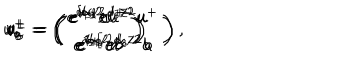
u _ { a } ^ { + } = \left( \begin{matrix} { { e ^ { d _ { 1 } / 2 } u ^ { + } } } \\ { { e ^ { d _ { 2 } / 2 } a } } \\ \end{matrix} \right) \hspace { 0 . 5 c m } u _ { b } ^ { - } = \left( \begin{matrix} { { e ^ { d _ { 3 } / 2 } u ^ { - } } } \\ { { e ^ { d _ { 4 } / 2 } b } } \\ \end{matrix} \right) \hspace { 0 . 5 c m } v _ { a } ^ { + } = \left( \begin{matrix} { { e ^ { i \alpha _ { 1 } } e ^ { d _ { 5 } / 2 } u ^ { + } } } \\ { { e ^ { i \alpha _ { 2 } } e ^ { d _ { 6 } / 2 } a } } \\ \end{matrix} \right) \hspace { 0 . 5 c m } v _ { b } ^ { - } = \left( \begin{matrix} { { e ^ { i \alpha _ { 3 } } e ^ { d _ { 7 } / 2 } u ^ { - } } } \\ { { e ^ { i \alpha _ { 4 } } e ^ { d _ { 8 } / 2 } b } } \\ \end{matrix} \right) ,